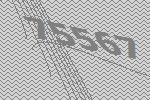
75567